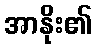
အာနိုး၏